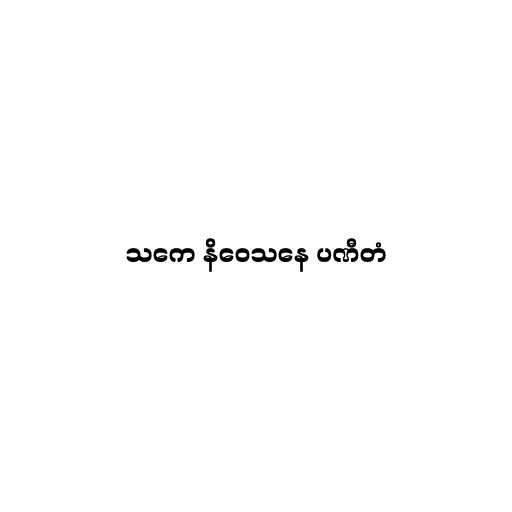
သကေ နိဝေသနေ ပဏီတံ